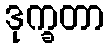
ဒုက္ခတာ